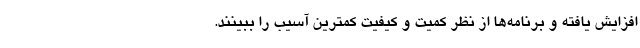
افزایش یافته و برنامه‌ها از نظر کمیت و کیفیت کمترین آسیب را ببینند.